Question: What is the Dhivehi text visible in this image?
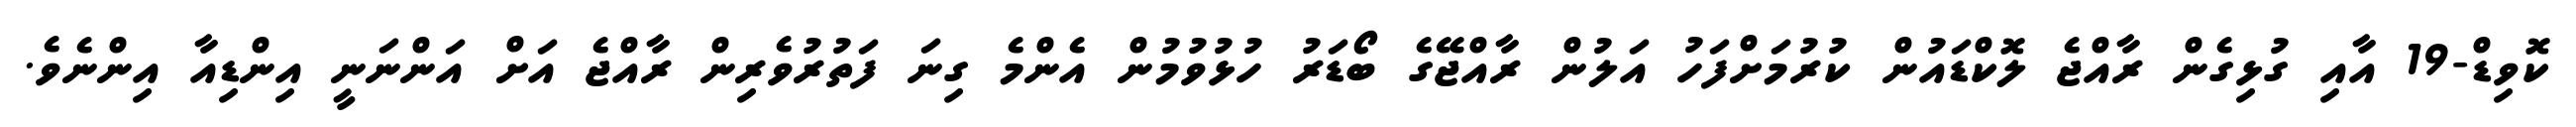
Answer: ކޮވިޑް-19 އާއި ގުޅިގެން ރާއްޖެ ލޮކްޑައުން ކުރުމަށްފަހު އަލުން ރާއްޖޭގެ ބޯޑަރު ހުޅުވުމުން އެންމެ ގިނަ ފަތުރުވެރިން ރާއްޖެ އަށް އަންނަނީ އިންޑިއާ އިންނެވެ.